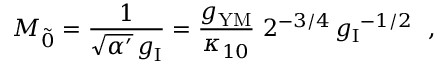
M _ { \tilde { 0 } } = \frac { 1 } { \sqrt { \alpha ^ { \prime } } \, g _ { \mathrm { I } } } = \frac { g _ { \mathrm { Y M } } } { \kappa _ { 1 0 } } ~ { 2 ^ { - 3 / 4 } \, { g _ { \mathrm { I } } } ^ { - 1 / 2 } } ~ ~ ,